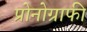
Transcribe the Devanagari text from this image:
प्रोनोग्राफी